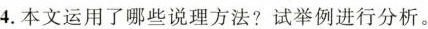
4.本文运用了哪些说理方法?试举例进行分析。